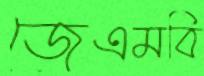
জেএমবি